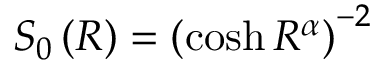
S _ { 0 } \left( R \right) = \left( \cosh R ^ { \alpha } \right) ^ { - 2 }